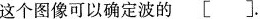
这个图像可以确定波的 [ ].